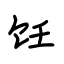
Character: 饪